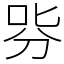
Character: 哛